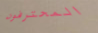
المحترفون